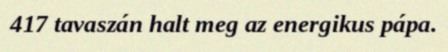
417 tavaszán halt meg az energikus pápa.